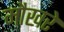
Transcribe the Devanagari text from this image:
मौखरे